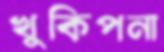
খুকিপনা